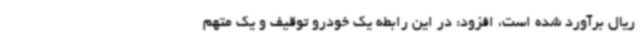
ریال برآورد شده است، افزود: در این رابطه یک خودرو توقیف و یک متهم